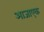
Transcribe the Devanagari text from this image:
आजाएक